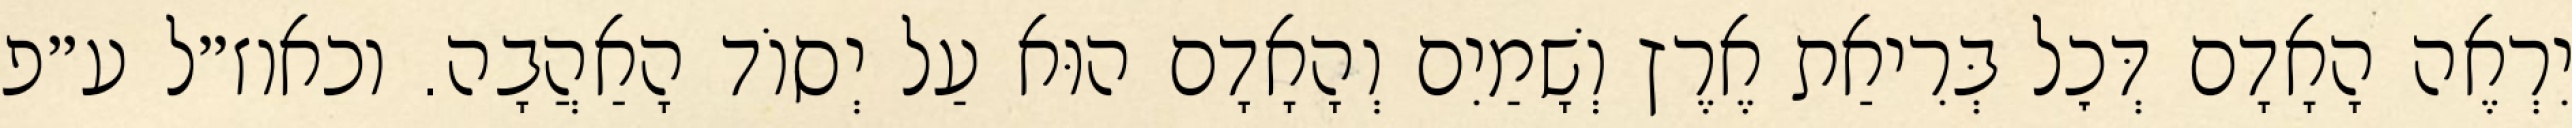
יִרְאֶה הָאָדָם דְּכׇל בְּרִיאַת אֶרֶץ וְשָׁמַיִם וְהָאָדָם הוּא עַל יְסוֹד הָאַהֲבָה. וכאוז״ל ע״פ